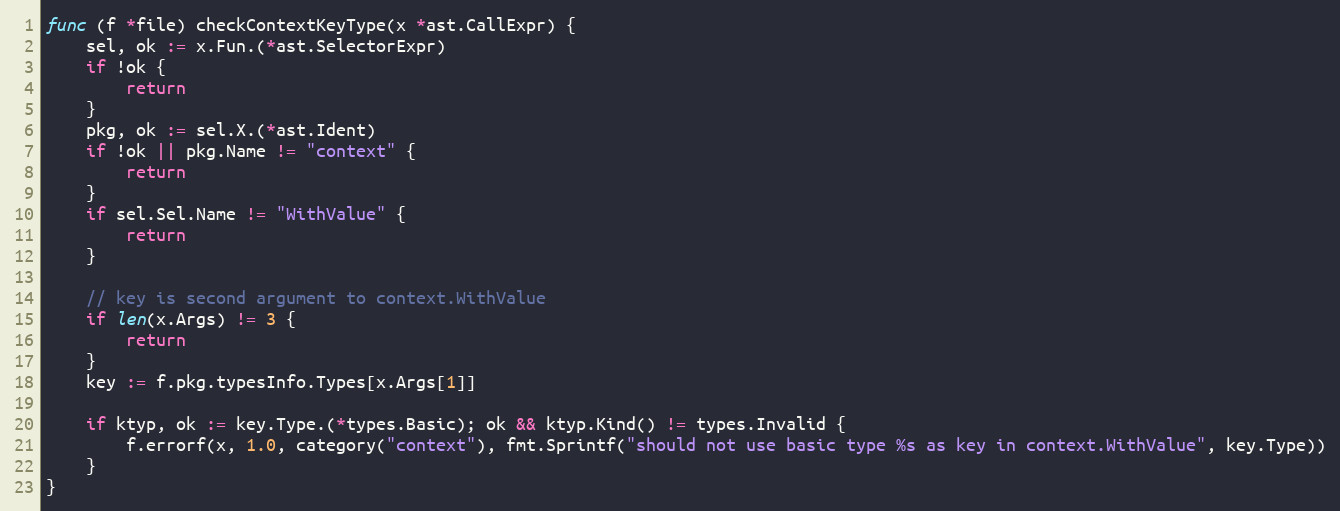
Language: Go
func (f *file) checkContextKeyType(x *ast.CallExpr) {
	sel, ok := x.Fun.(*ast.SelectorExpr)
	if !ok {
		return
	}
	pkg, ok := sel.X.(*ast.Ident)
	if !ok || pkg.Name != "context" {
		return
	}
	if sel.Sel.Name != "WithValue" {
		return
	}

	// key is second argument to context.WithValue
	if len(x.Args) != 3 {
		return
	}
	key := f.pkg.typesInfo.Types[x.Args[1]]

	if ktyp, ok := key.Type.(*types.Basic); ok && ktyp.Kind() != types.Invalid {
		f.errorf(x, 1.0, category("context"), fmt.Sprintf("should not use basic type %s as key in context.WithValue", key.Type))
	}
}